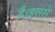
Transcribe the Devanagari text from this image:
हैं।इससे